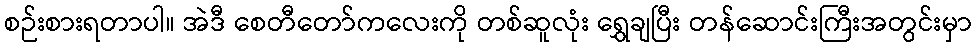
စဉ်းစားရတာပါ။ အဲဒီ စေတီတော်ကလေးကို တစ်ဆူလုံး ရွှေချပြီး တန်ဆောင်းကြီးအတွင်းမှာ